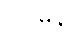
ဒုဋ္ဌမနံ